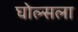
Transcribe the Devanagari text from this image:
घोल्सला